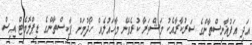
އަދި އަފުޣާނިސްތާންގެ ސަރުކާރާއެކު މަޝްވަރާ ކުރެވޭނެ މާހައުލެއް ހޯދުމަށް ޕާކިސްތާންގެ ޑިޕްލޮމެޓް އިސް